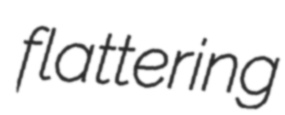
flattering